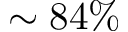
\sim 8 4 \%